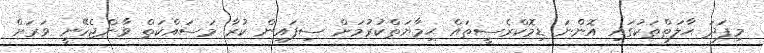
މިފަދަ ޙާލަތްތަކުގައި އޮންނަ ޑިމޮކްރެސީތައް ޙިމާޔަތްކުރުމަށް ސިފައިން ކުރާ މަސައްކަތް ވާންޖެހޭނީ ވަރަށް